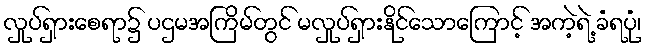
လှုပ်ရှားစေရာ၌ ပဌမအကြိမ်တွင် မလှုပ်ရှားနိုင်သောကြောင့် အကဲ့ရဲ့ ခံရပုံ၊